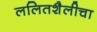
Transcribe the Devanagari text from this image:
ललितशैलीचा